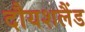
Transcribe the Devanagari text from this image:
दौयशलैंड